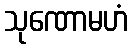
သုဏောမဟံ